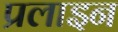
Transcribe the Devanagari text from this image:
प्रलाइन